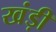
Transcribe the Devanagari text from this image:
खंड़ी